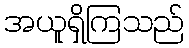
အယူရှိကြသည်